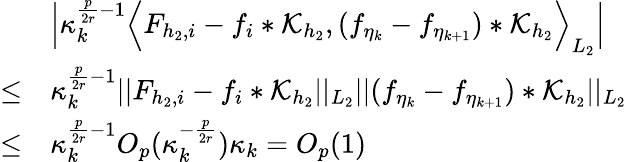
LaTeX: \begin{array}{rl}&{\Big|\kappa_{k}^{\frac{p}{2r}-1}\Big\langle F_{{h_{2}},i}-f_{i}*\mathcal{K}_{h_{2}},(f_{\eta_{k}}-f_{\eta_{k+1}})*\mathcal{K}_{h_{2}}\Big\rangle_{L_{2}}\Big|}\\ {\le}&{\kappa_{k}^{\frac{p}{2r}-1}\vert\vert F_{{h_{2}},i}-f_{i}*\mathcal{K}_{h_{2}}\vert\vert_{L_{2}}\vert\vert(f_{\eta_{k}}-f_{\eta_{k+1}})*\mathcal{K}_{h_{2}}\vert\vert_{L_{2}}}\\ {\le}&{\kappa_{k}^{\frac{p}{2r}-1}O_{p}(\kappa_{k}^{-\frac{p}{2r}})\kappa_{k}=O_{p}(1)}\end{array}